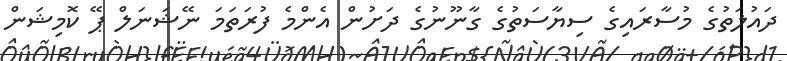
ދައުލަތުގެ މުސާރައިގެ ސިޔާސަތުގެ ގާނޫނުގެ ދަށުން އެންމެ ފުރަތަމަ ނޭޝަނަލް ޕޭ ކޮމިޝަން